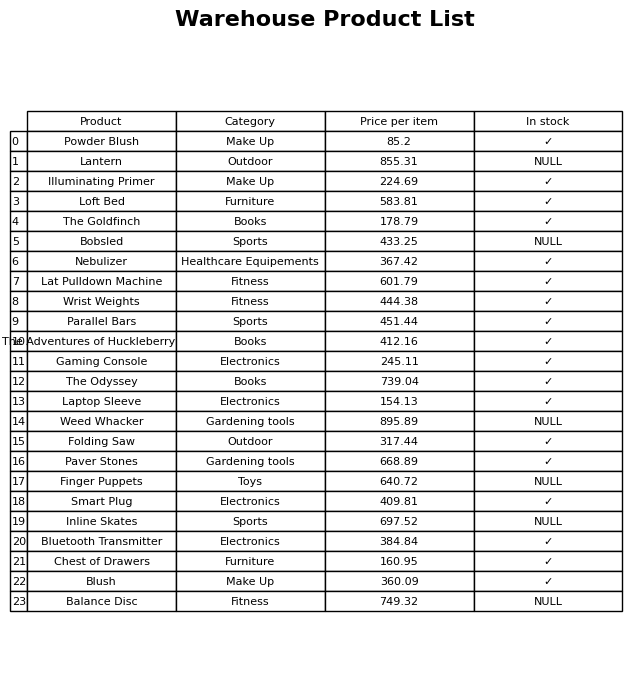
question: What is the price of the The Odyssey?
answer: The price of The Odyssey is 739.04.